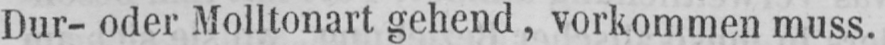
Dur- oder Molltonart gehend, vorkommen muss.